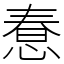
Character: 惷